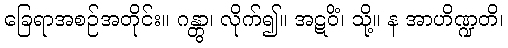
ခြေရာအစဉ်အတိုင်း။ ဂန္တွာ၊ လိုက်၍။ အဋဝိံ၊ သို့။ န အာဟိဏ္ဍတိ၊